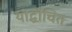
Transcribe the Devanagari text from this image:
योद्धोचित